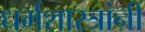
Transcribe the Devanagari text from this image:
धर्मशास्त्रांनी